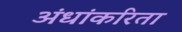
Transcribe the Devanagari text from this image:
अंधांकरिता